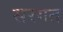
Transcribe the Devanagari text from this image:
सरगत